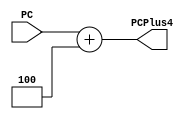
module PCPlus4(
    input [31:0] PC,
    output [31:0] PCPlus4
);

assign PCPlus4 = PC + 32'd4;
endmodule